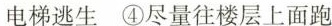
电梯逃生④尽量往楼层上面跑